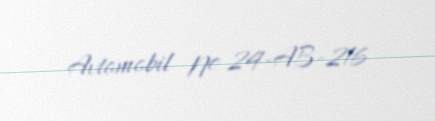
Avtomobil № 24-AB-216